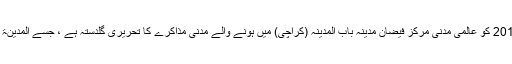
[1] یہ رِسالہ ۱۶رَبیع الاوّل ۱۴۴۰؁ ھ بمطابق 24نومبر 2018 کو عالمی مَدَنی مَرکز فیضانِ مدینہ بابُ المدینہ (کراچی) میں ہونے والے مَدَنی مذاکرے کا تحریری گلدستہ ہے ، جسے اَلْمَدِیْنَۃُ الْعِلْمِیَّۃ کے شعبے ’’فیضانِ مَدَنی مذاکرہ‘‘نے مُرتَّب کیا ہے ۔